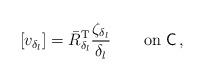
LaTeX: \begin{align*}[v_{\delta_l}]=\bar R_{\delta_l}^{\mathrm{T}}\frac{\zeta_{\delta_l}}{\delta_l}\qquad\textrm{on }\mathsf{C}\,,\end{align*}